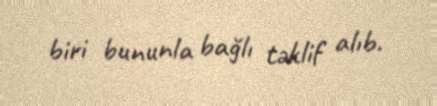
biri bununla bağlı təklif alıb.